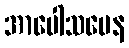
အာပေါသမေန